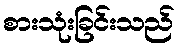
စားသုံးခြင်းသည်